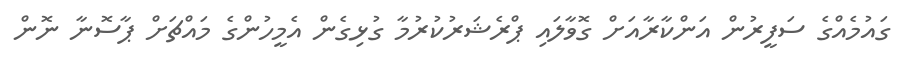
ގައުމެއްގެ ސަފީރުން އަންކާރާއަށް ގޮވާލައި ޕްރެޝަރުކުރުމާ ގުޅިގެން އެމީހުންގެ މައްޗަށް ޕާސޮނާ ނޮން